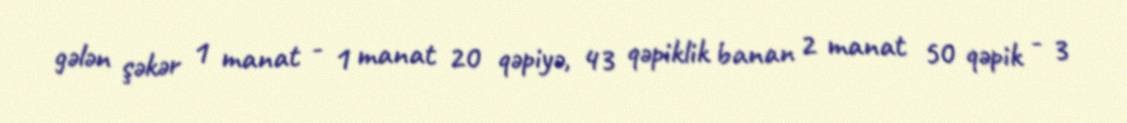
gələn şəkər 1 manat - 1 manat 20 qəpiyə, 43 qəpiklik banan 2 manat 50 qəpik - 3